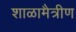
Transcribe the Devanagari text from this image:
शाळामैत्रीण